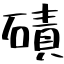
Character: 磧